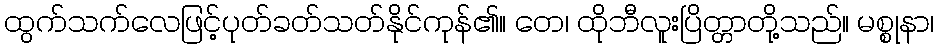
ထွက်သက်လေဖြင့်ပုတ်ခတ်သတ်နိုင်ကုန်၏။ တေ၊ ထိုဘီလူးပြိတ္တာတို့သည်။ မစ္စုနာ၊